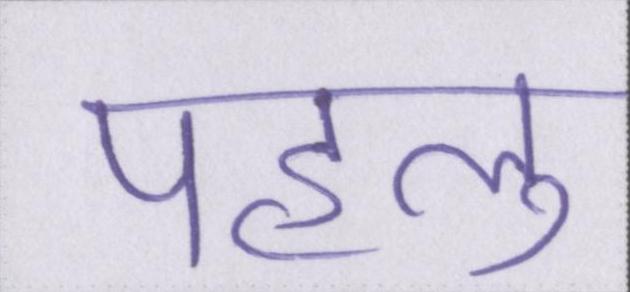
पहलु